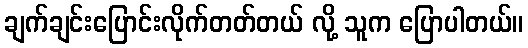
ချက်ချင်းပြောင်းလိုက်တတ်တယ် လို့ သူက ပြောပါတယ်။